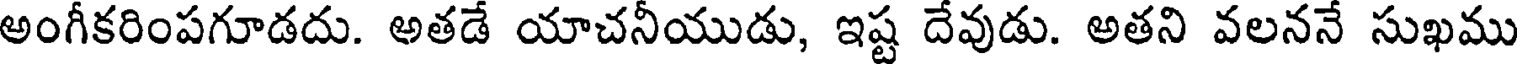
అంగీకరింపగూడదు. అతడే యాచనీయుడు, ఇష్ట దేవుడు. అతని వలననే సుఖము